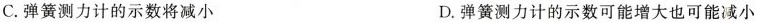
C. 弹簧测力计的示数将减小 D. 弹簧测力计的示数可能增大也可能减小